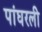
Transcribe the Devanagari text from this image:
पांघरली